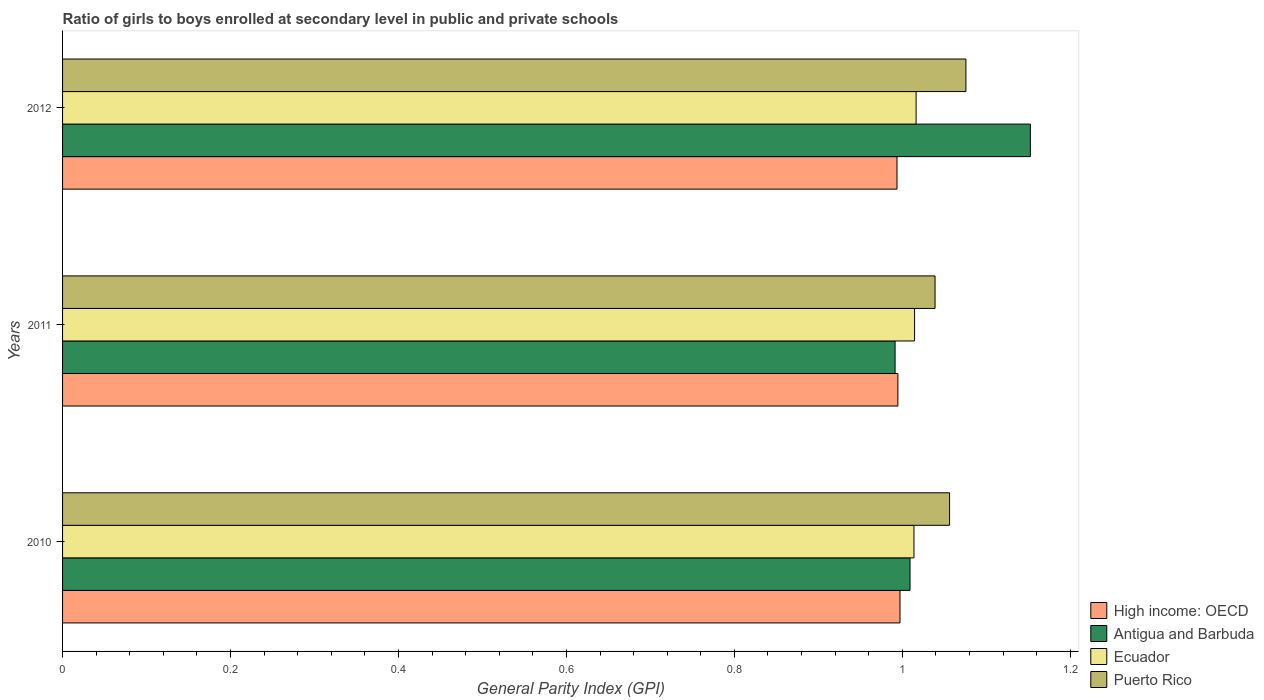
| Years | High income: OECD | Antigua and Barbuda | Ecuador | Puerto Rico |
 | --- | --- | --- | --- | --- |
 | 2010 | 0.997 | 1.01 | 1.01 | 1.06 |
 | 2011 | 0.995 | 0.991 | 1.01 | 1.04 |
 | 2012 | 0.994 | 1.15 | 1.02 | 1.08 |